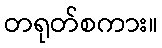
တရုတ်စကား။